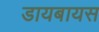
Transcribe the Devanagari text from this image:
डायबायस